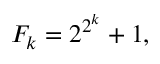
F _ { k } = 2 ^ { 2 ^ { k } } + 1 ,